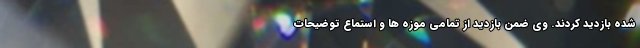
شده بازدید کردند. وی ضمن بازدید از تمامی موزه ها و استماع توضیحات